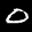
Label: 0